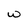
Character: w